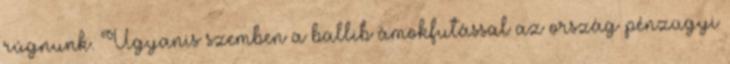
rúgnunk. Ugyanis szemben a ballib ámokfutással az ország pénzügyi